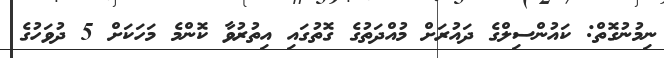
ނިމުނުގޮތް: ކައުންސިލްގެ ދައުރަށް މުއްދަތުގެ ގޮތުގައި އިތުރުވާ ކޮންމެ މަހަކަށް 5 ދުވަހުގެ